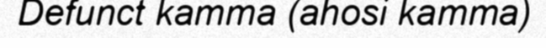
Defunct kamma (ahosi kamma)